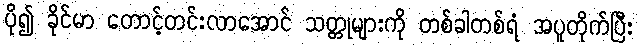
ပို၍ ခိုင်မာ တောင့်တင်းလာအောင် သတ္တုများကို တစ်ခါတစ်ရံ အပူတိုက်ပြီး